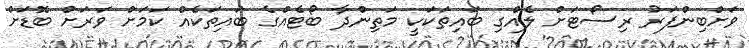
ވަށްބިންފަރު ރިސޯޓަށް ލެއްގި ބައިތަކަކީ މަތިންދާ ބޯޓެއްގެ ބައިތަކެއް ކަމަށް ވަރަށް ބޮޑަށް